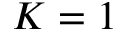
K = 1